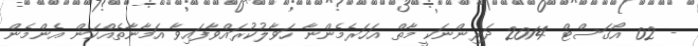
- 02 އޯގަސްޓް 2014 ދަރިންނަކީ މާތް އަހަރެމެންނާ ހަވާލުކުރައްވާފައިވާ އަމާނާތެއްކަން އެންމެން